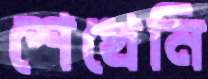
শেখেনি